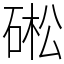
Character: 硹